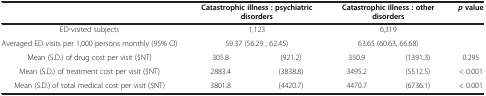
|  | <COLSPAN=2> Catastrophic illness : psychiatric disorders | <COLSPAN=2> Catastrophic illness : other disorders | p value |
 | --- | --- | --- | --- | --- | --- |
 | ED-visited subjects | <COLSPAN=2> 1,123 | <COLSPAN=2> 6,319 |  |
 | Averaged ED visits per 1,000 persons monthly (95% CI) | <COLSPAN=2> 59.37 (56.29 , 62.45) | <COLSPAN=2> 63.65 (60.63, 66.68) |  |
 | Mean (S.D.) of drug cost per visit ($NT) | 305.8 | (921.2) | 350.9 | (1391.3) | 0.295 |
 | Mean (S.D.) of treatment cost per visit ($NT) | 2883.4 | (3838.8) | 3495.2 | (5512.5) | < 0.001 |
 | Mean (S.D.) of total medical cost per visit ($NT) | 3801.8 | (4420.7) | 4470.7 | (6736.1) | < 0.001 |